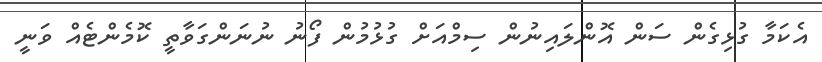
އެކަމާ ގުޅިގެން ސަން އޮންލައިނުން ސިމްއަށް ގުޅުމުން ފޯނު ނުނަންގަވާތީ ކޮމެންޓެއް ވަނީ